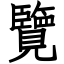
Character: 覽